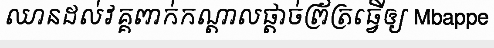
ឈានដល់វគ្គពាក់កណ្តាលផ្តាច់ព្រ័ត្រធ្វើឲ្យ Mbappe